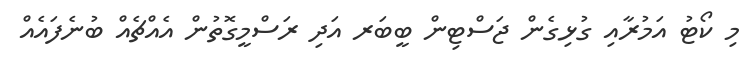
މި ކޯޓު އަމުރާއި ގުޅިގެން ޖަސްޓިން ބީބަރ އަދި ރަސްމީގޮތުން އެއްޗެއް ބުނެފައެއް